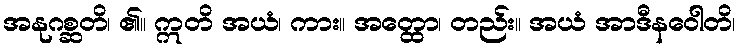
အနုဂစ္ဆတိ၊ ၏။ ဣတိ အယံ၊ ကား။ အတ္ထော၊ တည်း။ အယံ အာဒီနဝေါတိ၊